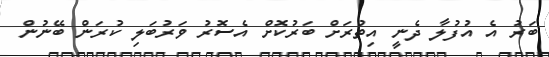
ބަރު އެ އުފުލާ ދެނީ އިތުރަށް ބަރުކޮށް އެސޮރު ވަރުބަލި ކުރަން ބޭނުން